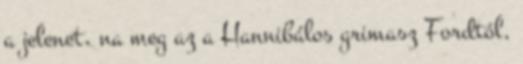
a jelenet, na meg az a Hannibálos grimasz Fordtól,